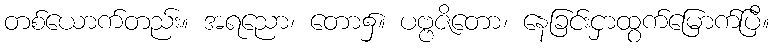
တစ်ယောက်တည်း။ အရညော၊ တော၌။ ပဗ္ဗဇိတော၊ နေခြင်းငှာထွက်မြောက်ပြီ။